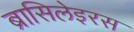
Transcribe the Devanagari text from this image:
ब्रासिलेइरस